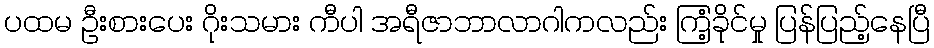
ပထမ ဦးစားပေး ဂိုးသမား ကီပါ အရီဇာဘာလာဂါကလည်း ကြံ့ခိုင်မှု ပြန်ပြည့်နေပြီ